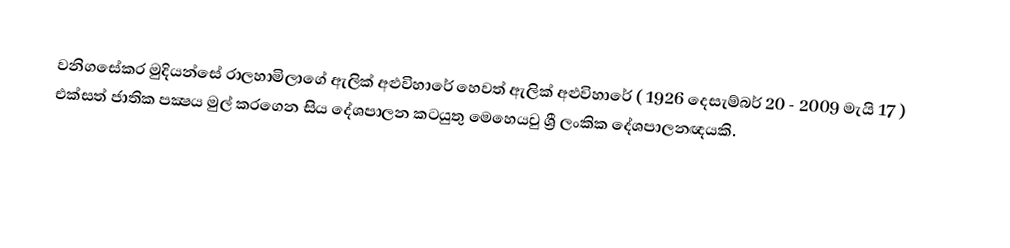
වනිගසේකර මුදියන්සේ රාලහාමිලාගේ ඇලික් අළුවිහාරේ හෙවත් ඇලික් අළුවිහාරේ ( 1926 දෙසැම්බර් 20 - 2009 මැයි 17 ) එක්‌සත් ජාතික පක්‍ෂය මුල් කරගෙන සිය දේශපාලන කටයුතු මෙහෙයවු ශ්‍රී ලංකික දේශපාලනඥයකි.